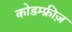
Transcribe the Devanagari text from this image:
कोडम्फ्रीज़